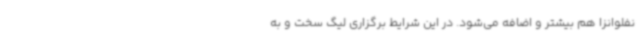
نفلوانزا هم بیشتر و اضافه می‌شود. در این شرایط برگزاری لیگ سخت و به